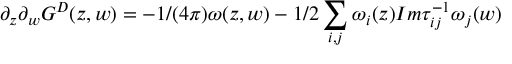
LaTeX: \partial _ { z } \partial _ { w } G ^ { D } ( z , w ) = - 1 / ( 4 \pi ) \omega ( z , w ) - 1 / 2 \sum _ { i , j } \omega _ { i } ( z ) I m \tau _ { i j } ^ { - 1 } \omega _ { j } ( w )